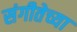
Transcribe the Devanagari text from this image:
संगीतेच्या